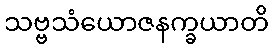
သဗ္ဗသံယောဇနက္ခယာတိ